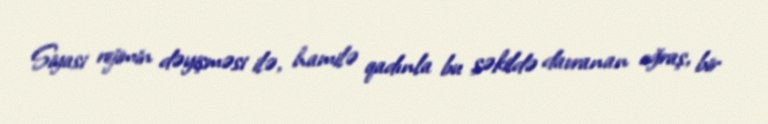
Siyasi rejimin dəyişməsi ilə, hamilə qadınla bu şəkildə davranan oğraş, bir